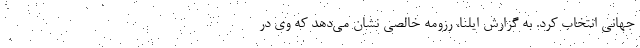
جهانی انتخاب کرد. به گزارش ایلنا، رزومه خالصی نشان می‌دهد که وی در